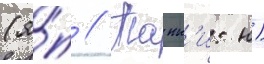
(я́п // Танн'и: н)